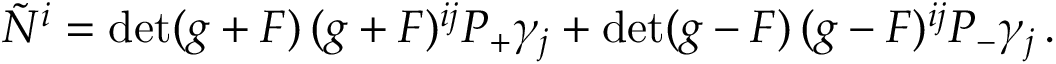
\tilde { N } ^ { i } = \operatorname * { d e t } ( g + { \cal F } ) \, ( g + { \cal F } ) ^ { i j } { \cal P } _ { + } \gamma _ { j } + \operatorname * { d e t } ( g - { \cal F } ) \, ( g - { \cal F } ) ^ { i j } { \cal P } _ { - } \gamma _ { j } \, .